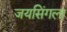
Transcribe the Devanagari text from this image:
जयसिंगला